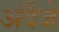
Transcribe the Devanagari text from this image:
अंदैजे